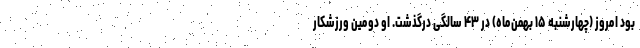
بود امروز (چهارشنبه ۱۵ بهمن‌ماه) در ۴۳ سالگی درگذشت. او دومین ورزشکار